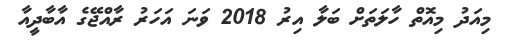
މިއަދު މިއޮތް ހާލަތަށް ބަލާ އިރު 2018 ވަނަ އަހަރު ރާއްޖޭގެ އާބާދީއާ